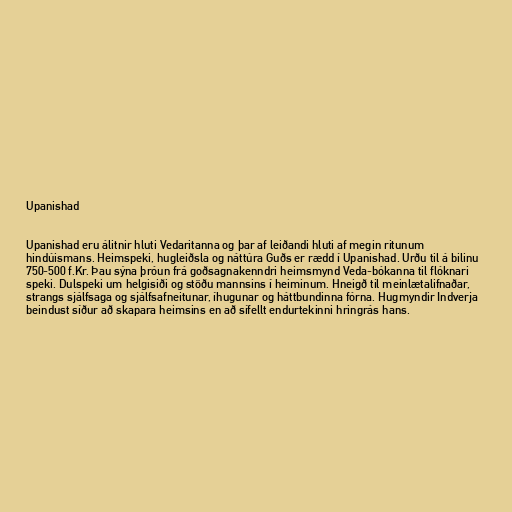
Upanishad

Upanishad eru álitnir hluti Vedaritanna og þar af leiðandi hluti af megin ritunum
hindúismans. Heimspeki, hugleiðsla og náttúra Guðs er rædd í Upanishad. Urðu til á bilinu
750-500 f.Kr. Þau sýna þróun frá goðsagnakenndri heimsmynd Veda-bókanna til flóknari
speki. Dulspeki um helgisiði og stöðu mannsins í heiminum. Hneigð til meinlætalifnaðar,
strangs sjálfsaga og sjálfsafneitunar, íhugunar og háttbundinna fórna. Hugmyndir Indverja
beindust síður að skapara heimsins en að sífellt endurtekinni hringrás hans.